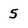
Character: 5